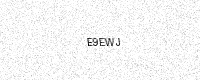
Text: E9EWJ